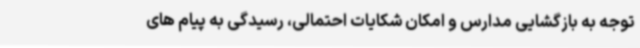
توجه به بازگشایی مدارس و امکان شکایات احتمالی، رسیدگی به پیام های